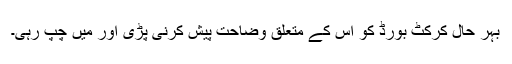
بہر حال کرکٹ بورڈ کو اس کے متعلق وضاحت پیش کرنی پڑی اور میں چپ رہی۔